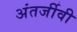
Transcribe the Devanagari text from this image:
अंतर्जीवी